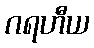
ဂရဟီယ